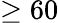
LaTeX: \geq 60